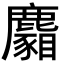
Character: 𪋢